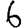
Digit: 6